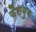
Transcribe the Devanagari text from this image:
फैसबुक